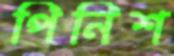
পিনিশ